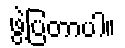
ဖွဲ့ပြတာပါ။